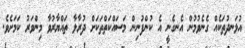
އުޅަނދުތަކެއް ގެނެވުމުން އެނގެނީ އެ ކުންފުނިން މަސައްކަތްތަކަށް ދުރާލާ ތައްޔާރުވާ މިންވަރު ކަމަށެވެ.